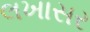
લખાસર